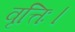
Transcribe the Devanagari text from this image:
वृत्तिः।